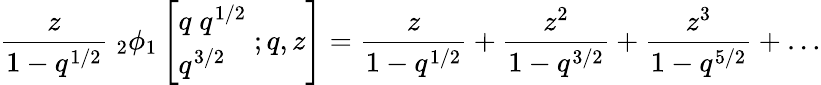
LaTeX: {\frac{z}{1-q^{1/2}}}\; _{2}\phi_{1}\left[{\begin{array}{l}{q\; q^{1/2}}\\ {q^{3/2}}\end{array}}\; ;q,z\right]={\frac{z}{1-q^{1/2}}}+{\frac{z^{2}}{1-q^{3/2}}}+{\frac{z^{3}}{1-q^{5/2}}}+\ldots